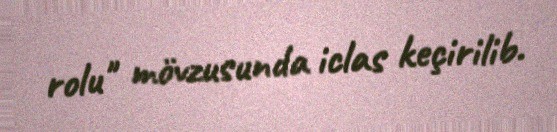
rolu" mövzusunda iclas keçirilib.